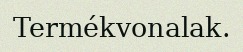
Termékvonalak.